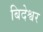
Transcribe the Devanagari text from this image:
बिदेश्वर